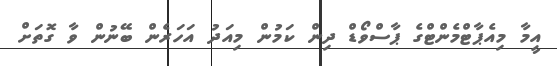
އީމާ މިއެޕާޓްމެންޓްގެ ޕާސްވޯޑް ދިން ކަމުން މިއަދު އަހަރެން ބޭނުން ވާ ގޮތަށް